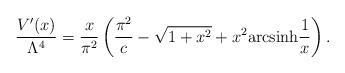
\begin{align*}\frac{V'(x)}{\Lambda ^4} = \frac{x}{\pi ^2} \left( \frac{\pi^2}{c} -\sqrt{1+x^2} + x^2 {\rm arcsinh} \frac{1}{x}\right). \end{align*}